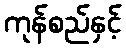
ကုန်စည်နှင့်